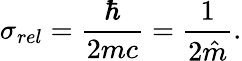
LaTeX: \sigma_{rel}=\frac{\hbar}{2{m}c}=\frac{1}{2\hat{m}}.